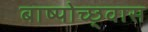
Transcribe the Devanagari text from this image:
बाष्पोच्छ्‌वास